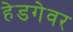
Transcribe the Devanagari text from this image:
हेडगेवर